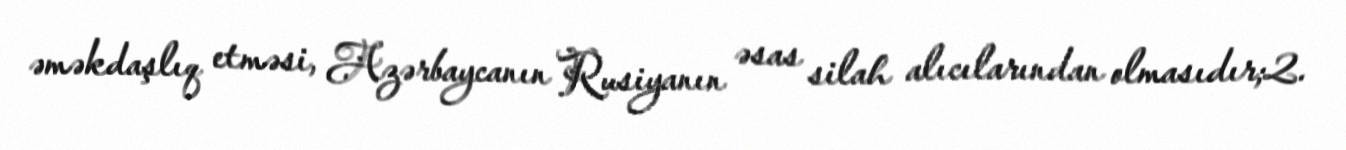
əməkdaşlıq etməsi, Azərbaycanın Rusiyanın əsas silah alıcılarından olmasıdır;2.